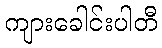
ကျားခေါင်းပါတီ